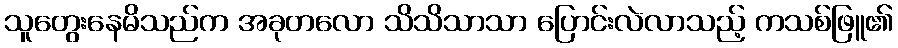
သူတွေးနေမိသည်က အခုတလော သိသိသာသာ ပြောင်းလဲလာသည့် ကသစ်ဖြူ၏